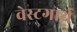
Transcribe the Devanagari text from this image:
वेस्टगार्थ